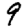
Digit: 9